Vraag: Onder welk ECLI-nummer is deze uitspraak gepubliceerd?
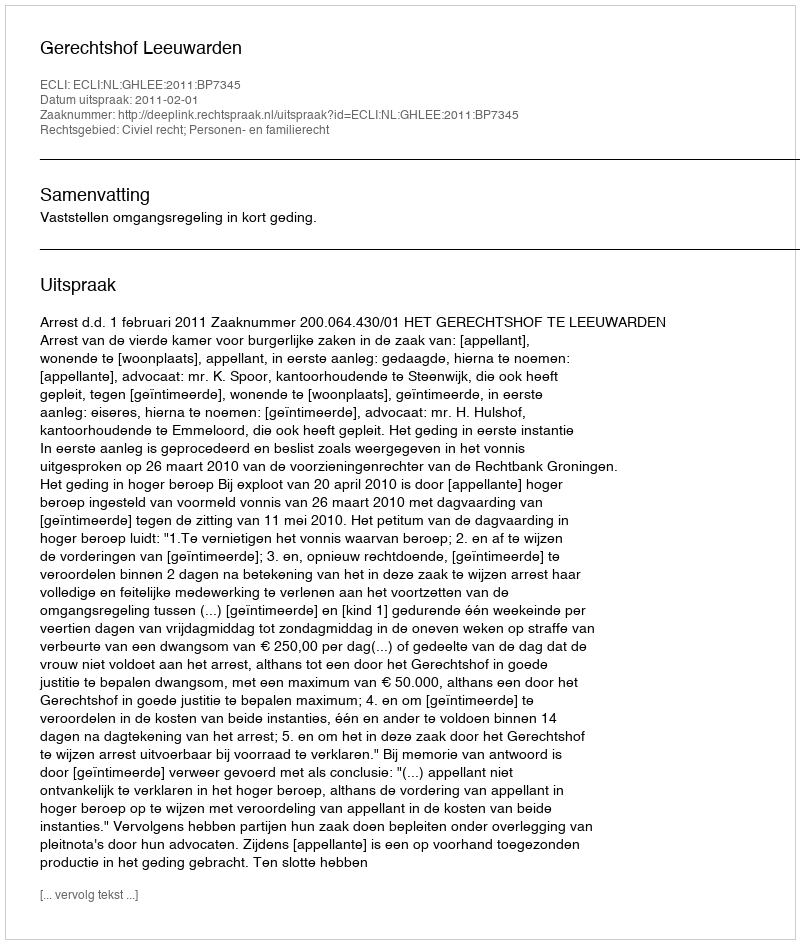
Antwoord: ECLI:NL:GHLEE:2011:BP7345